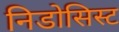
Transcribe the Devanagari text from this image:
निडोसिस्ट